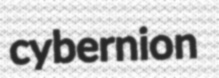
cybernion